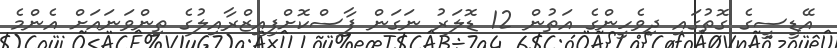
އޭޑީސީގެ ގޮތުގައި ދިވެހީންގެ އަތުން 12 ޑޮލަރު ނަގަން ފާސްކޮށްފިއިޒްރާއިލުގެ ތިންވަނައަށް އެންމެ